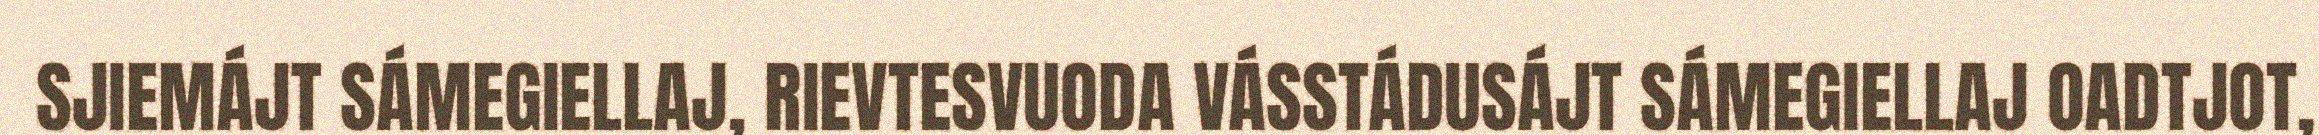
SJIEMÁJT SÁMEGIELLAJ, RIEVTESVUODA VÁSSTÁDUSÁJT SÁMEGIELLAJ OADTJOT,